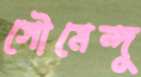
সৌমেন্দু